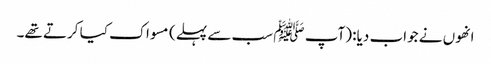
انھوں نے جواب دیا: (آپ ﷺ سب سے پہلے) مسواک کیا کرتے تھے۔